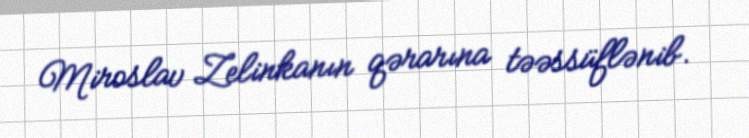
Miroslav Zelinkanın qərarına təəssüflənib.